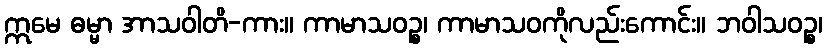
ဣမေ ဓမ္မာ အာသဝါတိ-ကား။ ကာမာသဝဉ္စ၊ ကာမာသဝကိုလည်းကောင်း။ ဘဝါသဝဉ္စ၊